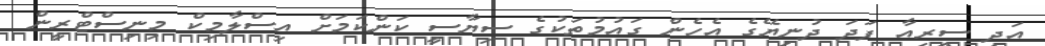
އަދި ސީރިއާ ފަދަ ދުނިޔޭގެ އެހެން ގައުމުތަކުގެ ސިޔާސީ ކަންކަމަށް އިސްލާމިކް މިނިސްޓްރީން